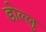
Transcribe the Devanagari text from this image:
डोल्लु